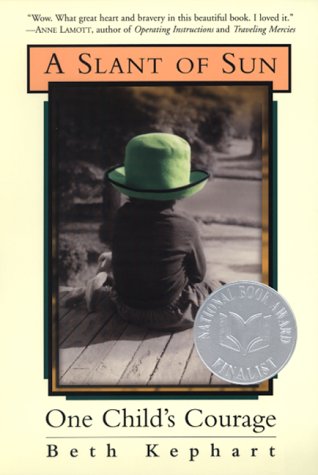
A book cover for A Slant of Sun: One Child's Courage; Beth Kephart; Health, Fitness & Dieting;